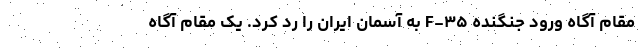
مقام آگاه ورود جنگنده‌ F-۳۵ به آسمان ایران را رد کرد. یک مقام آگاه